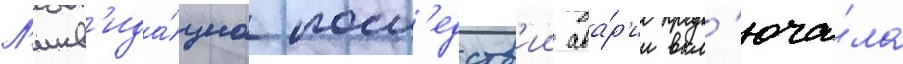
Л'икв'ида́циа посл'едств'ии ава́р'ии вкл'юча́ла